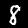
Label: 8